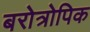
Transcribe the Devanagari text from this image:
बरोत्रोपिक